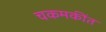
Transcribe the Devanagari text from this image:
चकमकींत